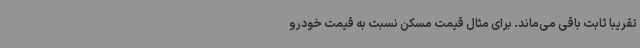
تقریباً ثابت باقی می‌ماند. برای مثال قیمت مسکن نسبت به قیمت خودرو